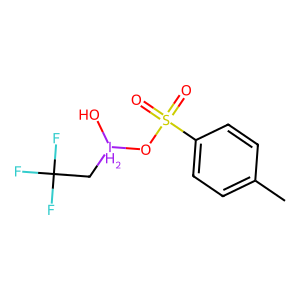
SMILES: Cc1ccc(S(=O)(=O)O[IH2](O)CC(F)(F)F)cc1
Inhibits HIV replication: No